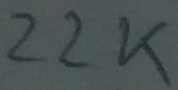
Text: 22K